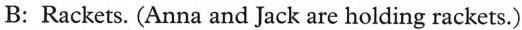
B: Rackets. (Anna and Jack are holding rackets.)